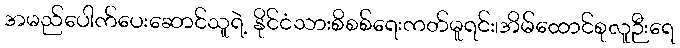
အမည်ပေါက်ပေးဆောင်သူရဲ့ နိုင်ငံသားစိစစ်ရေးကတ်မူရင်း၊အိမ်ထောင်စုလူဉီးရေ